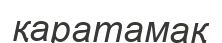
қаратамақ